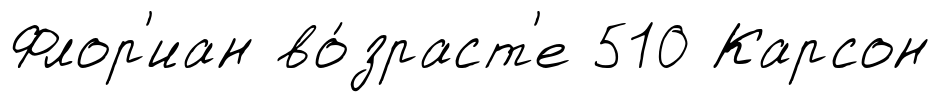
Флор'иан во́зраст'е 510 Карсон